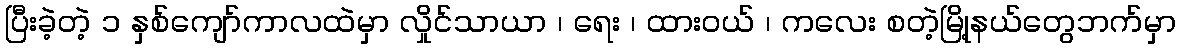
ပြီးခဲ့တဲ့ ၁ နှစ်ကျော်ကာလထဲမှာ လှိုင်သာယာ ၊ ရေး ၊ ထားဝယ် ၊ ကလေး စတဲ့မြို့နယ်တွေဘက်မှာ